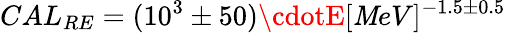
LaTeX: CAL_{RE}=(10^{3}\pm50)\cdotE[\mathit{M}eV]^{-1.5\pm0.5}